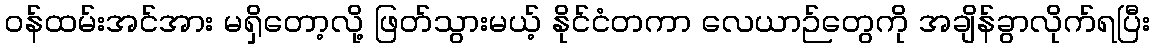
ဝန်ထမ်းအင်အား မရှိတော့လို့ ဖြတ်သွားမယ့် နိုင်ငံတကာ လေယာဉ်တွေကို အချိန်ခွာလိုက်ရပြီး